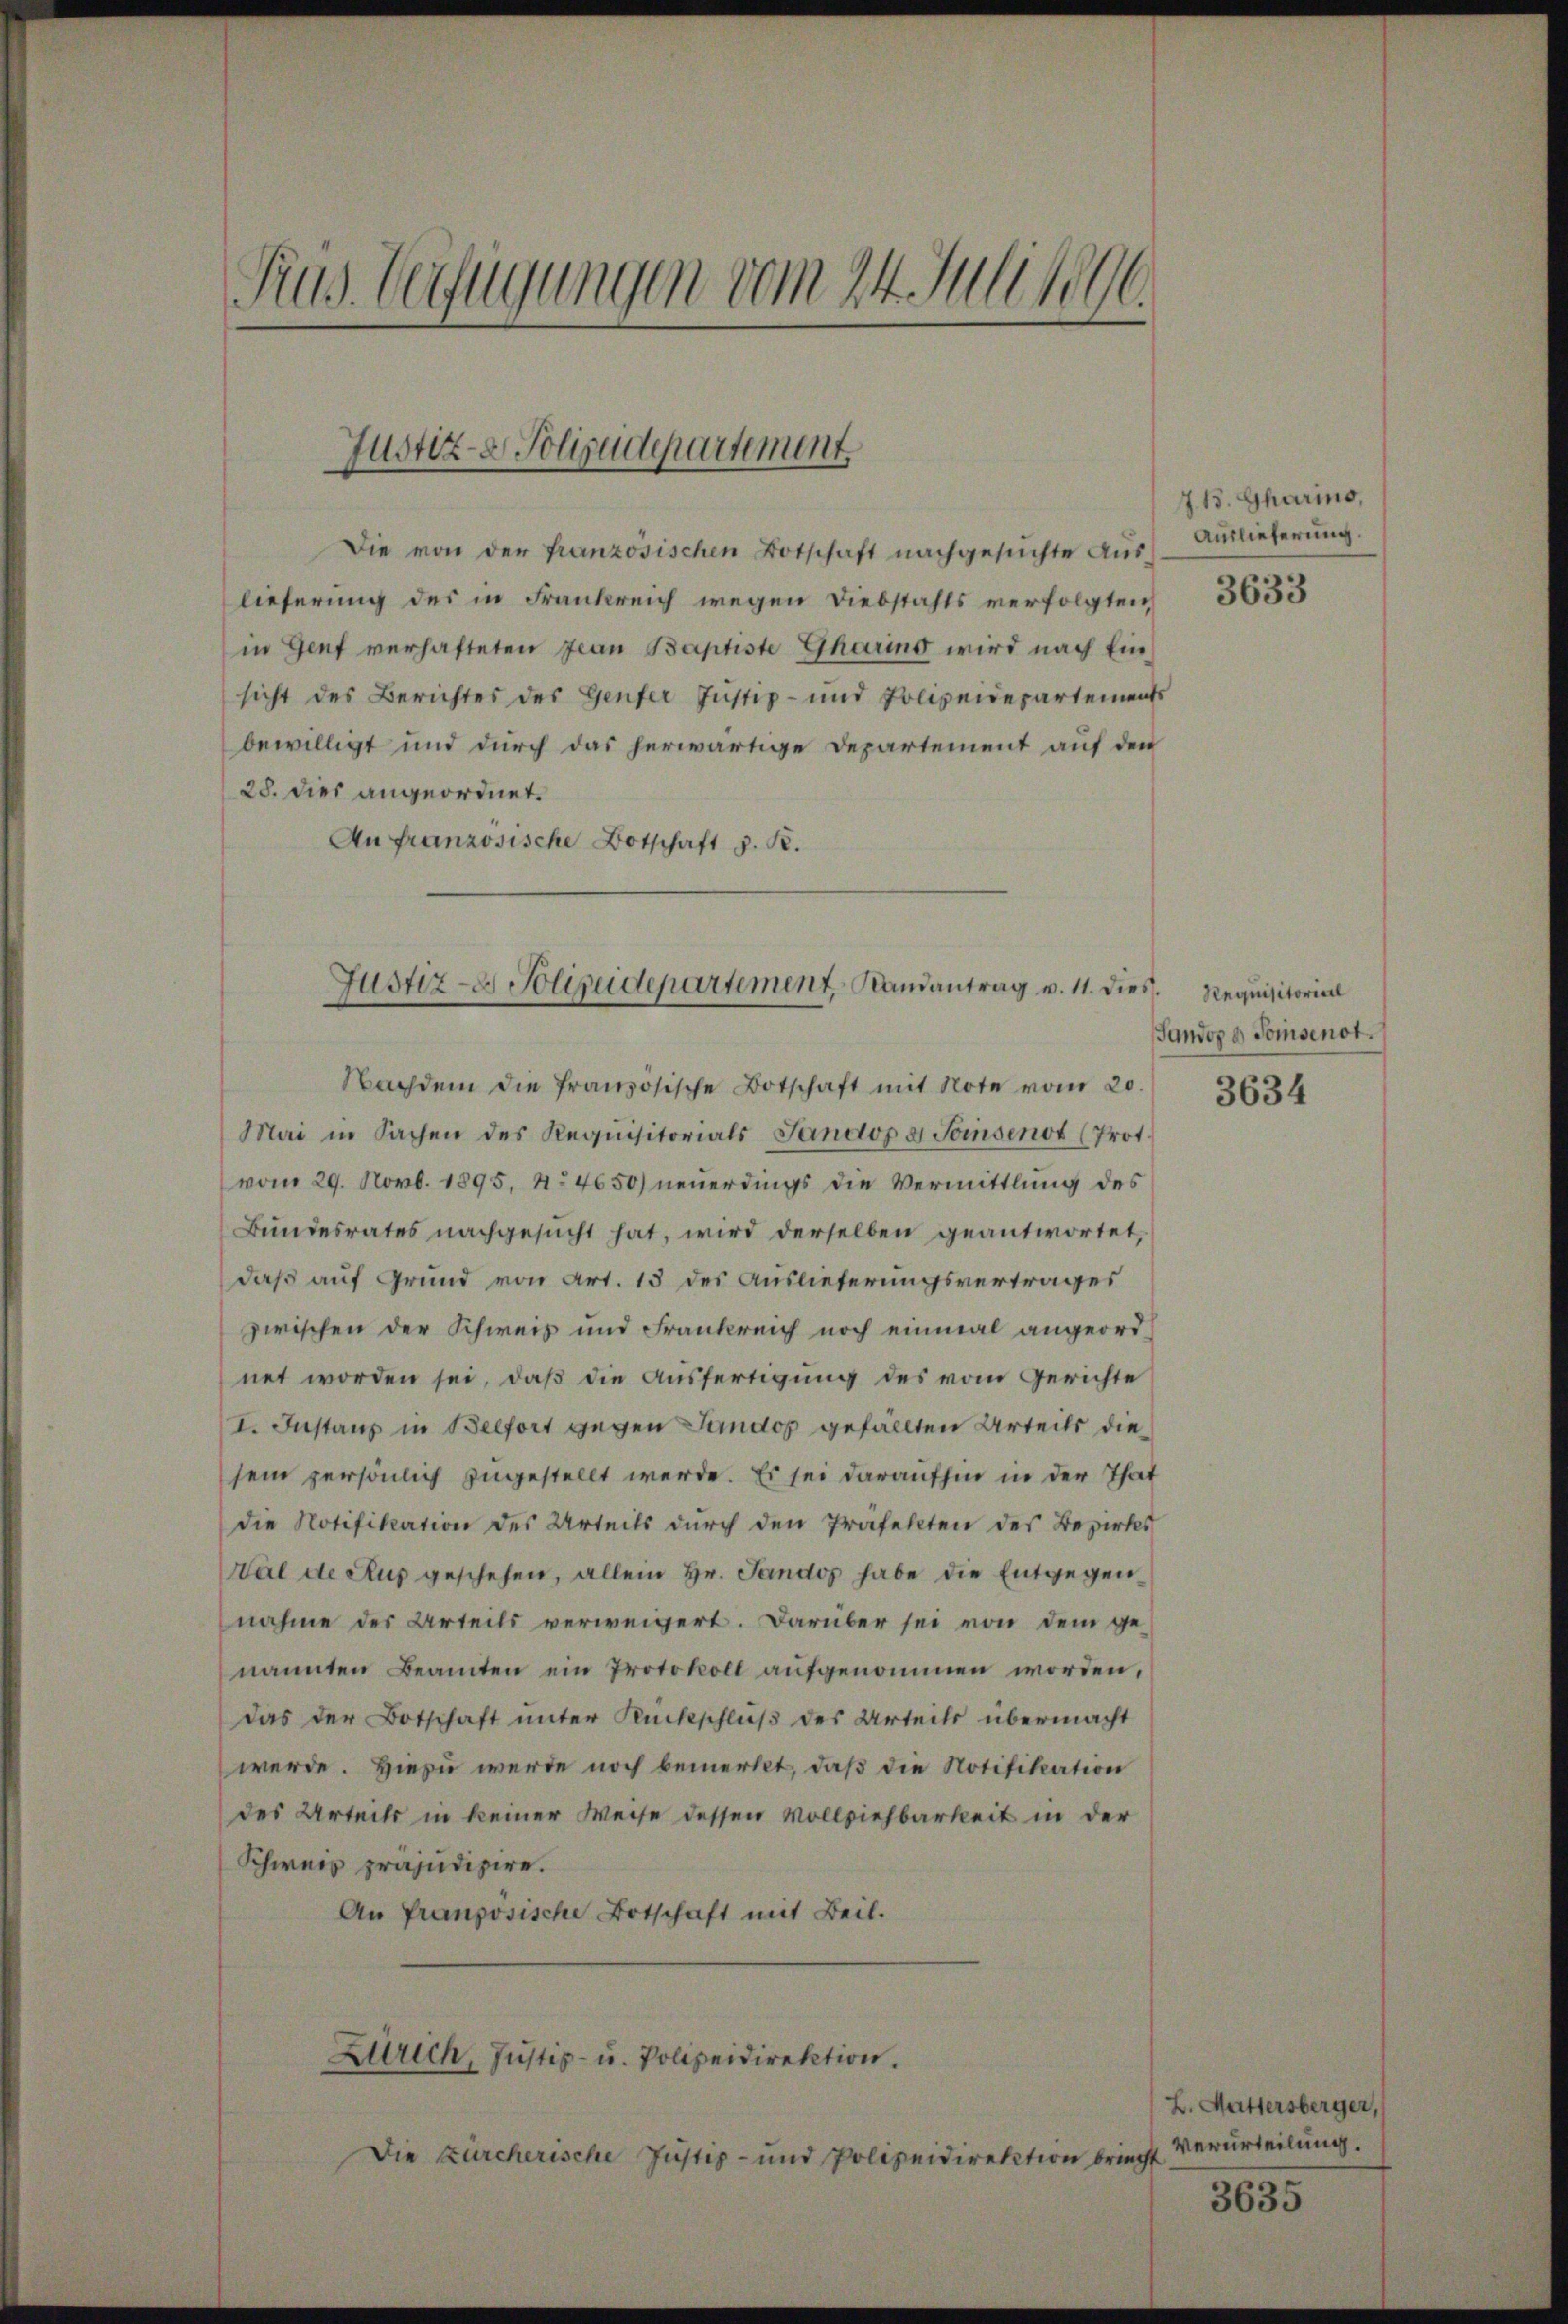
Pras. Verfügungen vom 24. Juli 1896.

Justiz- & Polizeidepartement

Die von der französischen Botschaft nachgesŭchte Auslieferung des in Frankreich wegen Diebstahls verfolgten
in Genf verhafteten Jean Baptiste Gharins wird nach Einsicht des Berichtes des Genfer Justiz- und Polizeidepartements
bewilligt und durch das herwärtige Departement auf den
28. Dies angeordnet.
An französische Botschaft z. B.

Justiz- Polizeidepartement Landantrag v. 11. dies Requisitorial

Nachdem die französische Botschaft mit Note vom 20.
Mai in Sachen des Requisitorials Sandop g Soisenot (Trot.
(vom 29. Novb. 1895, No 4650) neuerdings die Vermittlung des
Bundesrates nachgesŭcht hat, wird derselben geantwortet,
daß auf Grund von Art. 13 des Auslieferungsvertrages
zwischen der Schweiz und Frankreich noch einmal angeordnet worden sei, daß die Ausfertigung des vom Gerichte
I. Instanz in Belfort gegen Landos gefällten Urteils die
sein persönlich zugestellt werde. Es sei daraufhin in der That
die Notifikation des Urteils durch den Präfekten des Bezirks
Wal de Aus geschehen, allein Hr. Jandos habe die Entgegen
nahme des Urteils verweigert. Darüber sei von dem genannten Beamten ein Protokoll aufgenommen worden,
Das der Botschaft unter Rückschluß des Urteils übermacht
werde. Hiezu werde noch bemerkt, daß die Notifikation
des Urteils in keiner Weise dessen Vollziehbarkeit in der
Schweis präjudipire.
An französische Botschaft mit Beil.
Zürich, Justiz- u. Polizeidirektion.
Die Zürcherische Justiz- und Polizeidirektion briecht

715. Gharino,
Auslieferung.

3633

Gandop a Tomsenot.

3634

L. Muttersberger,
Verurteilung.

3635